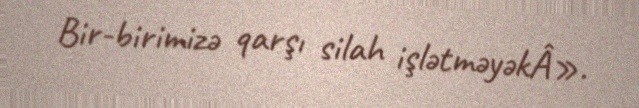
Bir-birimizə qarşı silah işlətməyəkÂ».